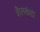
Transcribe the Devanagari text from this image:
शैलखंडों